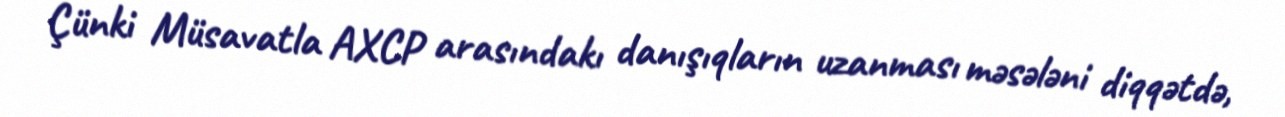
Çünki Müsavatla AXCP arasındakı danışıqların uzanması məsələni diqqətdə,